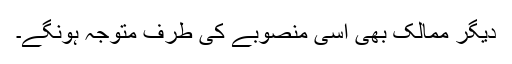
دیگر ممالک بھی اسی منصوبے کی طرف متوجہ ہونگے۔